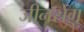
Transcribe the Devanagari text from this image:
जीनसेंग